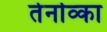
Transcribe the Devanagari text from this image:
तेर्नाव्का